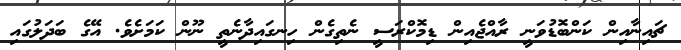
ޗައިނާއިން ކަންބޮޑުވަނީ ރާއްޖެއިން ޑިމޮކްރަސީ ނެތިގެން ހިނގައިދާނެތީ ނޫން ކަމަށެވެ. އޭގެ ބަދަލުގައި